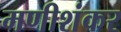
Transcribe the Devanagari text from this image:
मणीशंकर